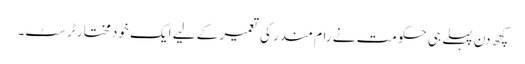
کچھ دن پہلے ہی حکومت نے رام مندر کی تعمیر کے لیے ایک خود مختار ٹرسٹ۔